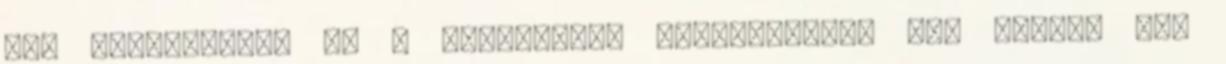
már hivatalosan is a barátomnak tekintettem. Na, persze nem